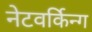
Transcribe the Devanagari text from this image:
नेटवर्किन्ग